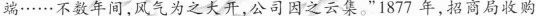
端……不数年间，风气为之大开，公司因之云集。”1877年，招商局收购